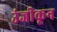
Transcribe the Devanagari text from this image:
उंजीकून